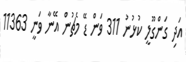
އަދި ގަންގޫލީ ކުޅުނު 311 ވަން ޑޭ މެޗުން އޭނާ ވަނީ 11363